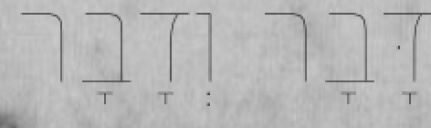
דָּבָר וְדָבָר